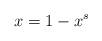
LaTeX: \begin{align*}x = 1 - x^s\end{align*}